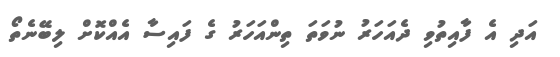
އަދި އެ ފާއިތުވި ދެއަހަރު ނުވަތަ ތިންއަހަރު ގެ ފައިސާ އެއްކޮށް ލިބޭނެތޯ